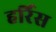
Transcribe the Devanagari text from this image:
हर्रिस